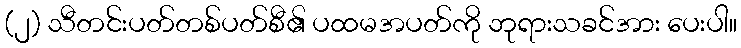
(၂) သီတင်းပတ်တစ်ပတ်စီ၏ ပထမအပတ်ကို ဘုရားသခင်အား ပေးပါ။